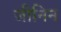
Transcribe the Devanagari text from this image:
जीनिन